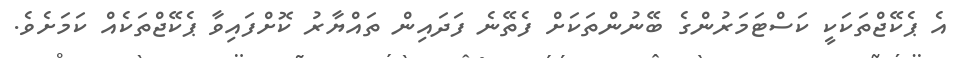
އެ ޕެކޭޖްތަކަކީ ކަސްޓަމަރުންގެ ބޭނުންތަކަށް ފެތޭނެ ފަދައިން ތައްޔާރު ކޮށްފައިވާ ޕެކޭޖްތަކެއް ކަމަށެވެ.